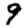
Digit: 9